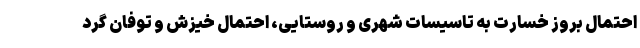
احتمال بروز خسارت به تاسیسات شهری و روستایی، احتمال خیزش و توفان گرد